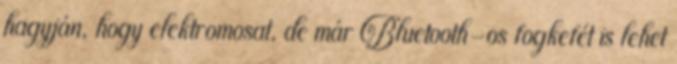
hagyján, hogy elektromosat, de már Bluetooth-os fogkefét is lehet